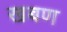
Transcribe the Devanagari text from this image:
खबण